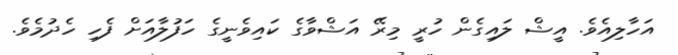
އަހާލިއެވެ. އީޝް ލައިގެން ހުރީ މިރޭ އަޝްވާގެ ކައިވެނީގެ ހަފުލާއަށް ފެހި ހެދުމެވެ.